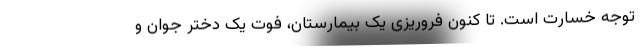
توجه خسارت است. تا کنون فروریزی یک بیمارستان، فوت یک دختر جوان و